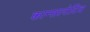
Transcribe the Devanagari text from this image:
कान्सल्टेटिव